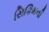
સિકિમની